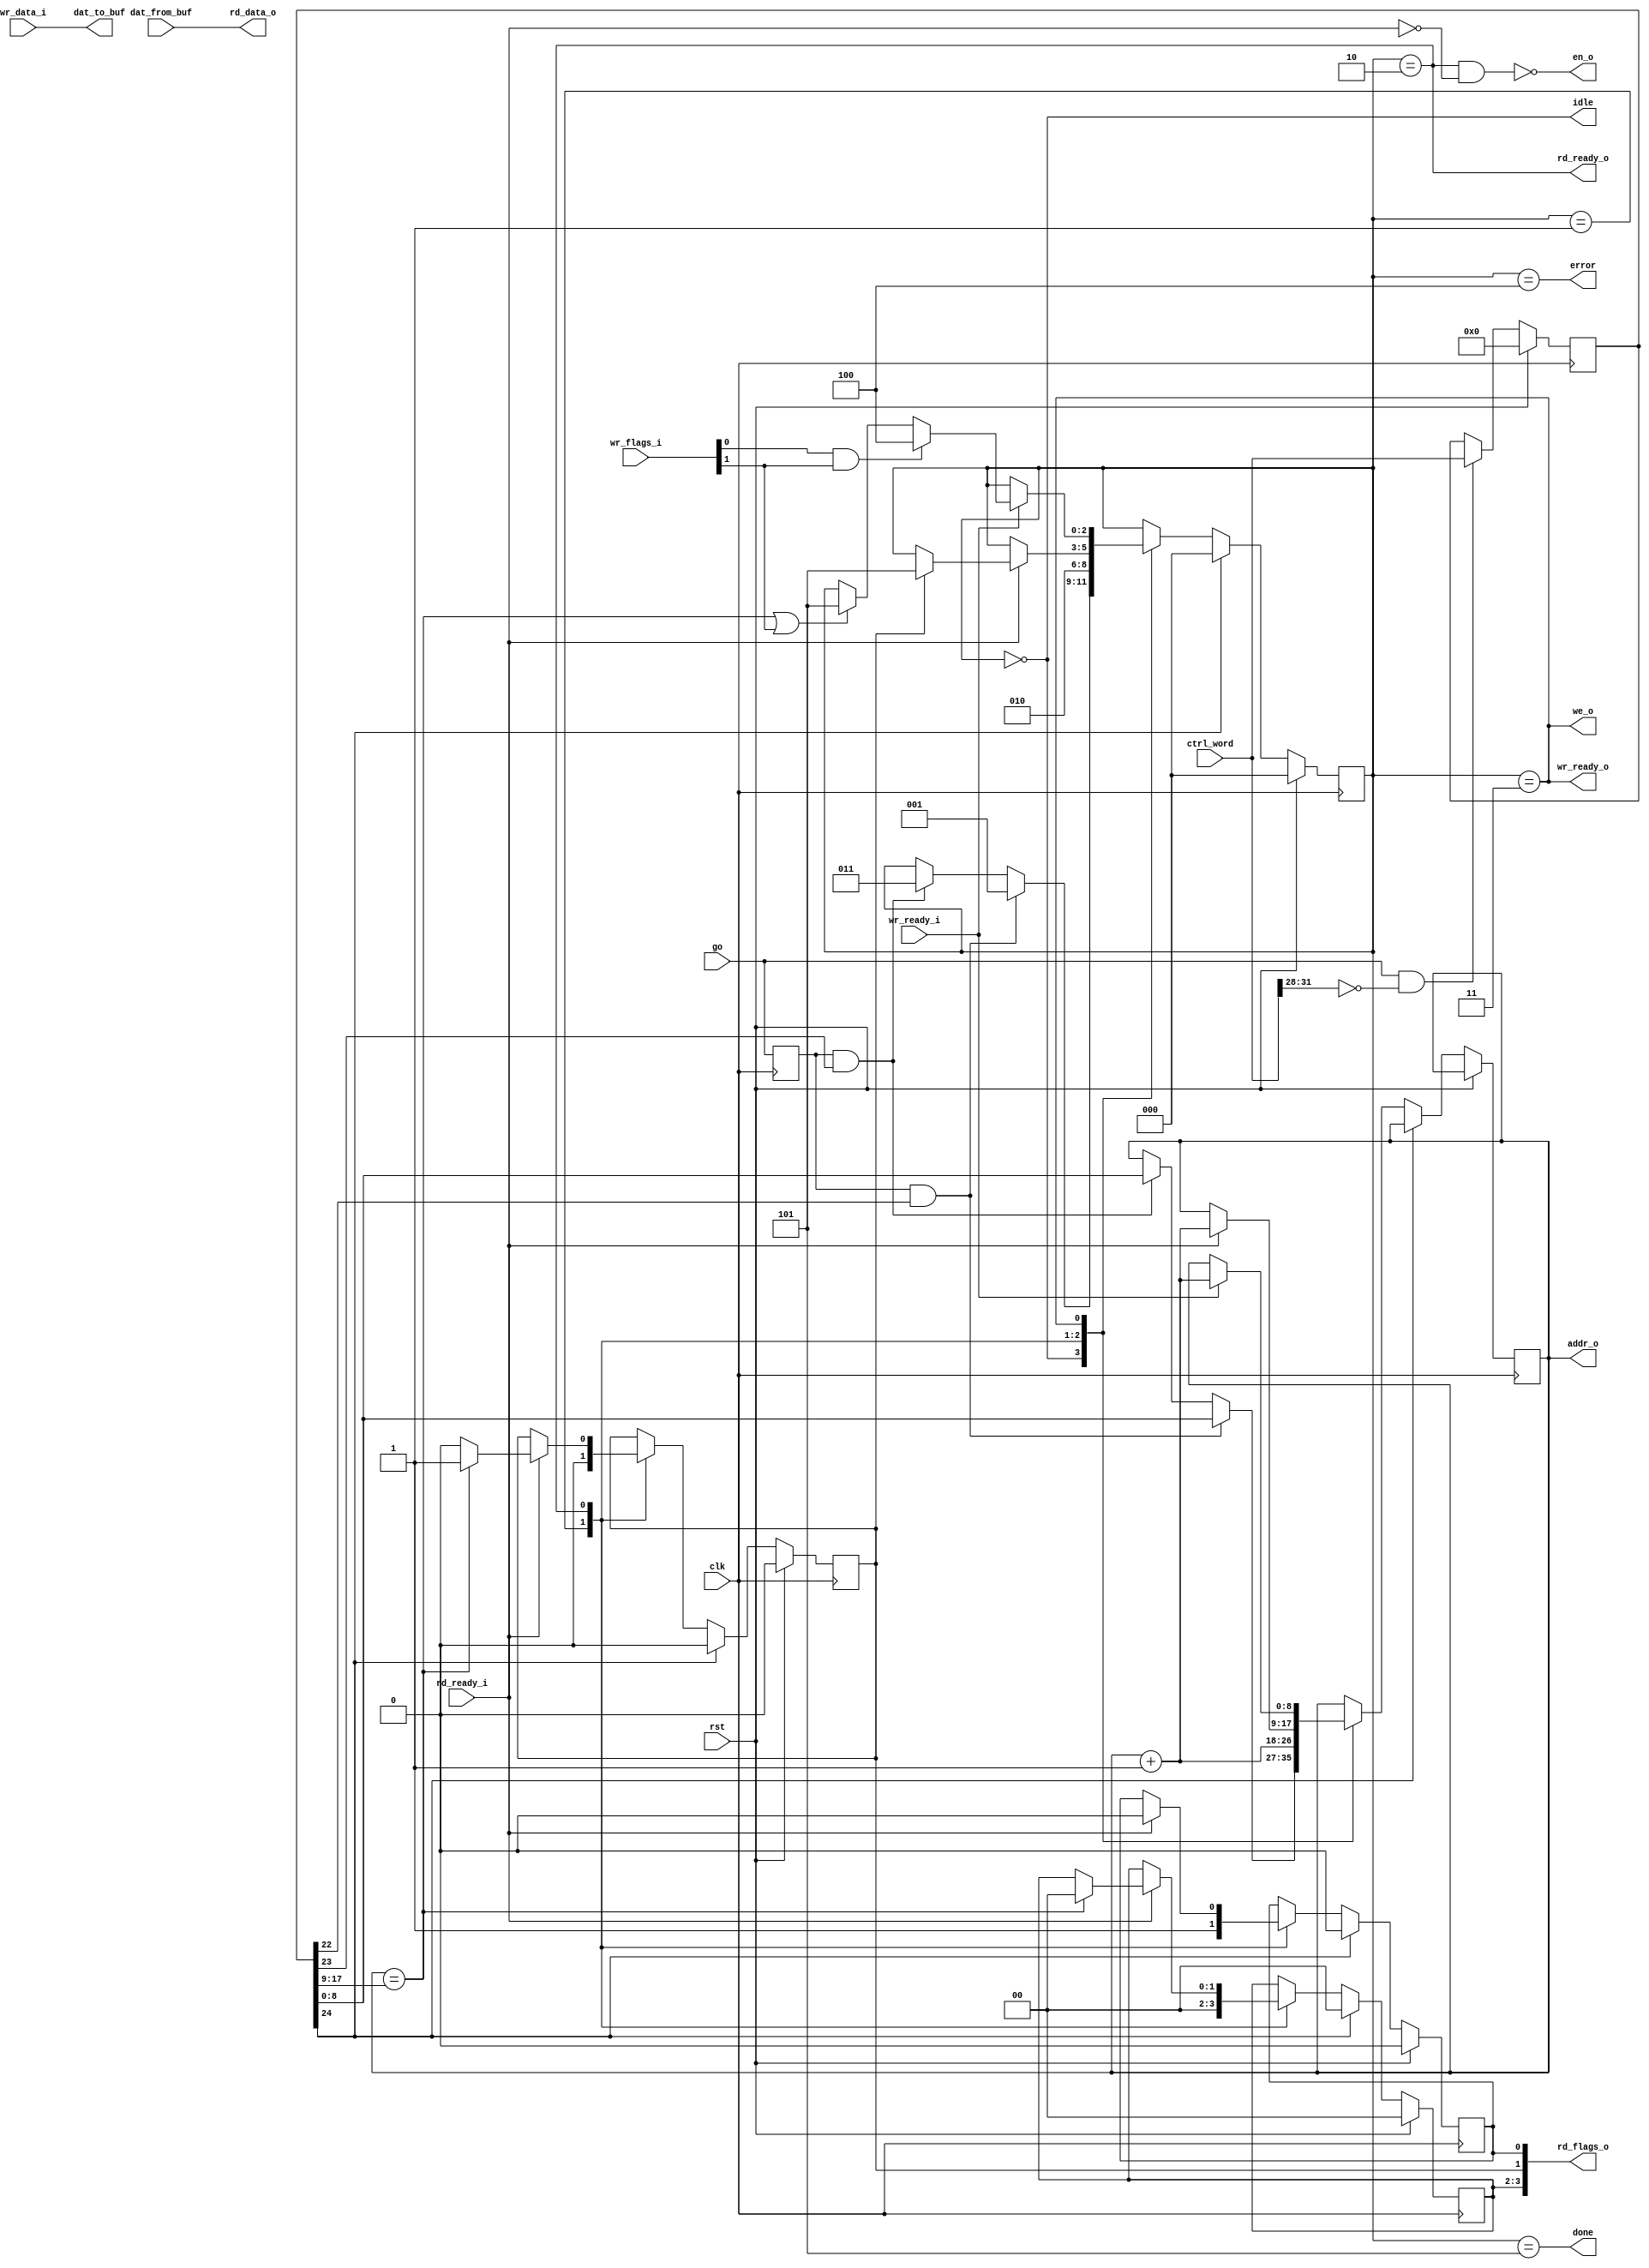
module buffer_int
  #(parameter BUF_NUM = 0,
    parameter BUF_SIZE = 9)
    (// Control Interface
     input clk,
     input rst,
     input [31:0] ctrl_word,
     input go,
     output done,
     output error,
     output idle,
     
     // Buffer Interface
     output en_o,
     output we_o,
     output reg [BUF_SIZE-1:0] addr_o,
     output [31:0] dat_to_buf,
     input [31:0] dat_from_buf,
     
     // Write FIFO Interface
     input [31:0] wr_data_i,
     input [3:0] wr_flags_i,
     input wr_ready_i,
     output wr_ready_o,
     
     // Read FIFO Interface
     output [31:0] rd_data_o,
     output [3:0] rd_flags_o,
     output rd_ready_o,
     input rd_ready_i
     );
   
   reg [31:0] ctrl_reg;
   reg 	      go_reg;
   
   always @(posedge clk)
     go_reg <= go;
   
   always @(posedge clk)
     if(rst)
       ctrl_reg <= 0;
     else
       if(go & (ctrl_word[31:28] == BUF_NUM))
	 ctrl_reg <= ctrl_word;
   
   wire [BUF_SIZE-1:0] firstline = ctrl_reg[BUF_SIZE-1:0];
   wire [BUF_SIZE-1:0] lastline = ctrl_reg[2*BUF_SIZE-1:BUF_SIZE];

   wire       read = ctrl_reg[22];
   wire       write = ctrl_reg[23];
   wire       clear = ctrl_reg[24];
   //wire [2:0] port = ctrl_reg[27:25];  // Ignored in this block
   //wire [3:0] buff_num = ctrl_reg[31:28];  // Ignored here ?
   
   localparam IDLE = 3'd0;
   localparam PRE_READ = 3'd1;
   localparam READING = 3'd2;
   localparam WRITING = 3'd3;
   localparam ERROR = 3'd4;
   localparam DONE = 3'd5;
   
   reg [2:0]  state;
   reg 	      rd_sop, rd_eop;
   wire       wr_sop, wr_eop, wr_error;
   reg [1:0]  rd_occ;
   wire [1:0] wr_occ;
   
   always @(posedge clk)
     if(rst)
       begin
	  state <= IDLE;
	  rd_sop <= 0;
	  rd_eop <= 0;
	  rd_occ <= 0;
       end
     else
       if(clear)
	 begin
	    state <= IDLE;
	    rd_sop <= 0;
	    rd_eop <= 0;
	    rd_occ <= 0;
	 end
       else 
	 case(state)
	   IDLE :
	     if(go_reg & read)
	       begin
		  addr_o <= firstline;
		  state <= PRE_READ;
	       end
	     else if(go_reg & write)
	       begin
		  addr_o <= firstline;
		  state <= WRITING;
	       end
	   
	   PRE_READ :
	     begin
		state <= READING;
		addr_o <= addr_o + 1;
		rd_occ <= 2'b00;
		rd_sop <= 1;
		rd_eop <= 0;
	     end
	   
	   READING :
	     if(rd_ready_i)
	       begin
		  rd_sop <= 0;
		  addr_o <= addr_o + 1;
		  if(addr_o == lastline)
		    begin
		       rd_eop <= 1;
		       // FIXME assign occ here
		       rd_occ <= 0;
		    end
		  else
		    rd_eop <= 0;
		  if(rd_eop)
		    state <= DONE;
	       end
	   
	   WRITING :
	     begin
		if(wr_ready_i)
		  begin
		     addr_o <= addr_o + 1;
		     if(wr_error)
		       begin
			  state <= ERROR;
			  // Save OCC flags here
		       end
		     else if((addr_o == lastline)||wr_eop)
		       state <= DONE;
		  end // if (wr_ready_i)
	     end // case: WRITING
	   
	 endcase // case(state)
   
   assign     dat_to_buf = wr_data_i;
   assign     rd_data_o = dat_from_buf;

   assign     rd_flags_o = { rd_occ[1:0], rd_eop, rd_sop };
   assign     rd_ready_o = (state == READING);
   
   assign     wr_sop = wr_flags_i[0];
   assign     wr_eop = wr_flags_i[1];
   assign     wr_occ = wr_flags_i[3:2];
   assign     wr_error = wr_sop & wr_eop;
   assign     wr_ready_o = (state == WRITING);

   assign     we_o = (state == WRITING);
   //assign     we_o = (state == WRITING) && wr_ready_i;  // always write to avoid timing issue

   assign     en_o = ~((state==READING)& ~rd_ready_i);   // FIXME potential critical path
   
   assign     done = (state == DONE);
   assign     error = (state == ERROR);
   assign     idle = (state == IDLE);

endmodule